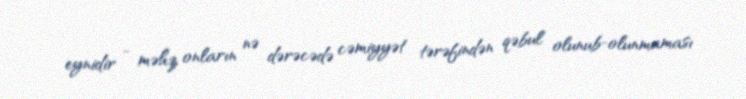
eynidir - məhz onların nə dərəcədə cəmiyyət tərəfindən qəbul olunub-olunmaması